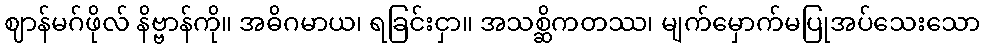
ဈာန်မဂ်ဖိုလ် နိဗ္ဗာန်ကို။ အဓိဂမာယ၊ ရခြင်းငှာ။ အသစ္ဆိကတဿ၊ မျက်မှောက်မပြုအပ်သေးသော